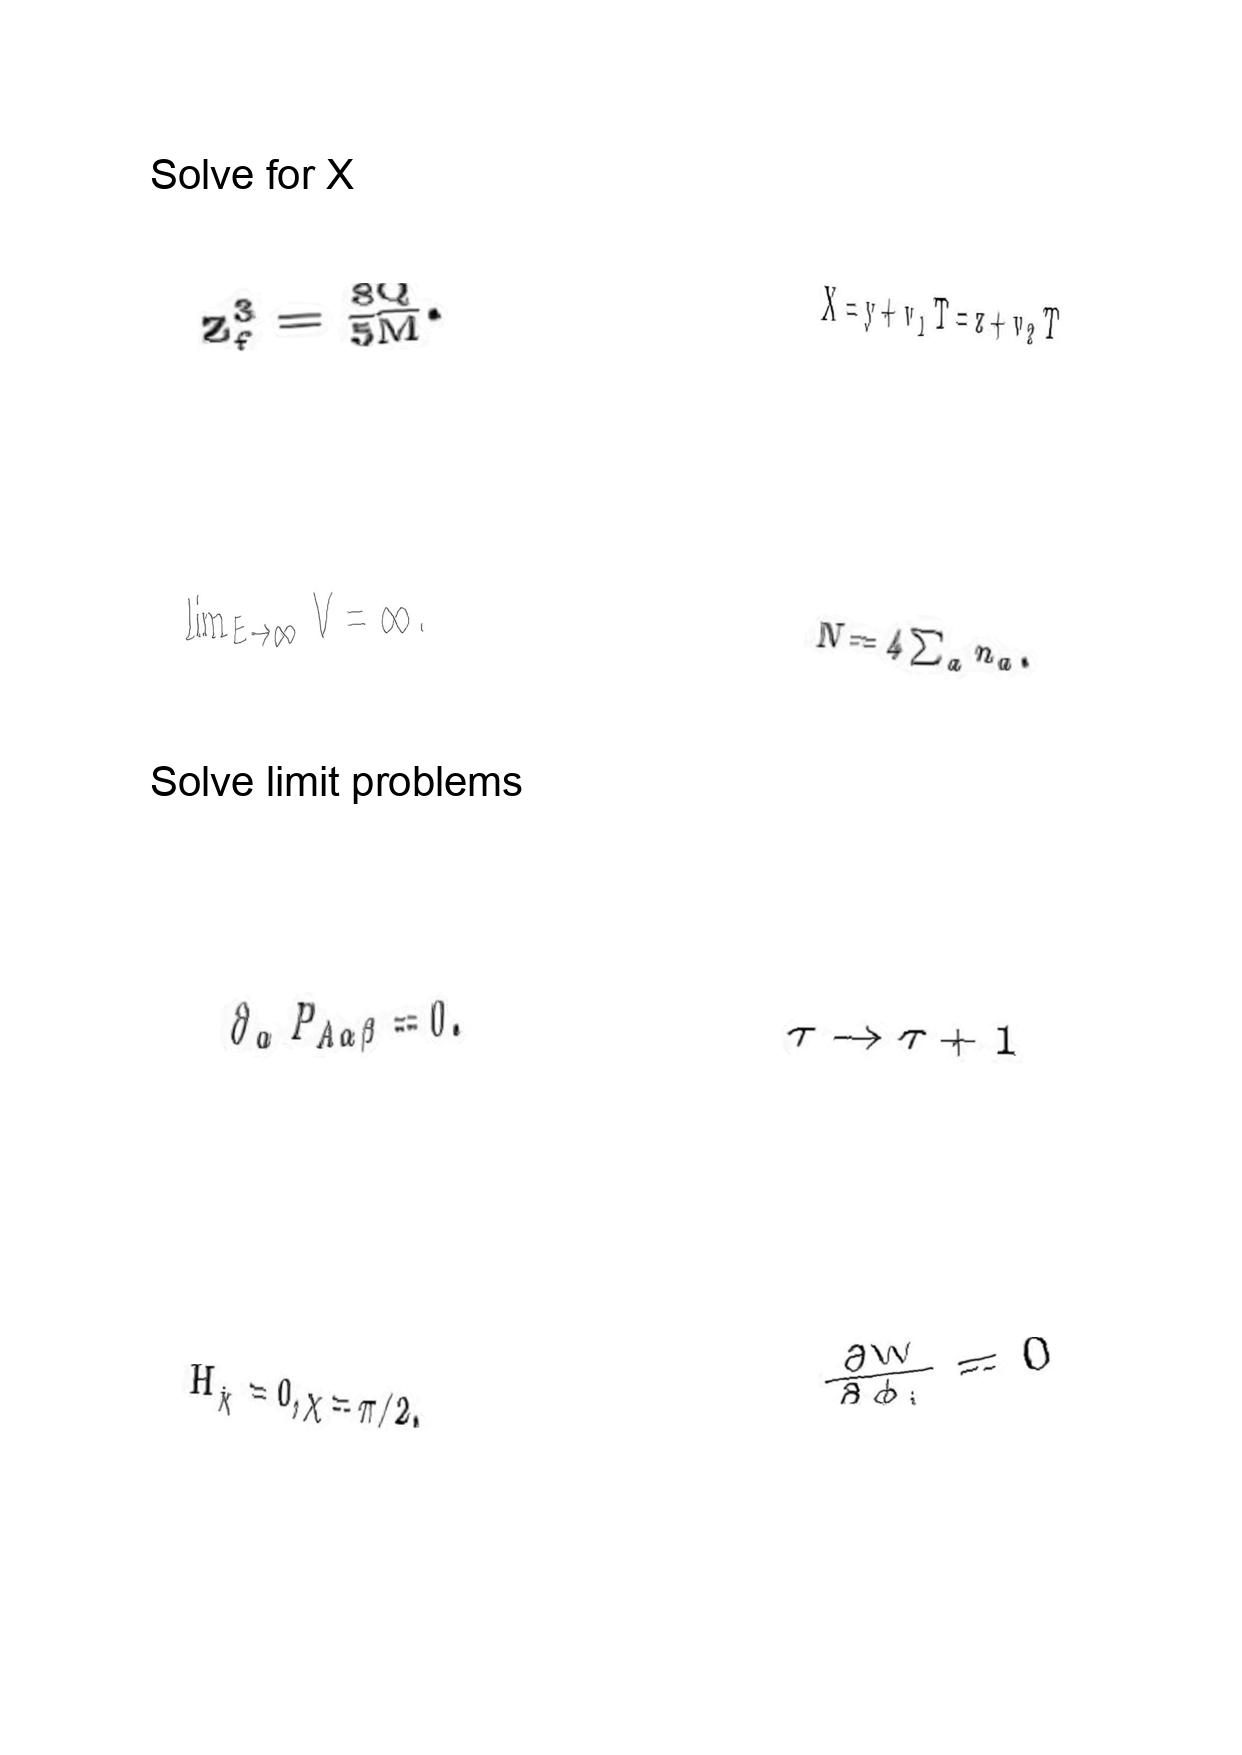
LaTeX transcription:
z _ { f } ^ { 3 } = \frac { 8 Q } { 5 M } .
\lim _ { E \to \infty } V = \infty .
\partial _ { \alpha } P _ { A \alpha \beta } = 0 .
H _ { \hat { \chi } } = 0 , \chi = \pi / 2 .
X = y + v _ { 1 } T = z + v _ { 2 } T
N = 4 \sum _ { a } n _ { a } .
\tau \rightarrow \tau + 1
\frac { \partial W } { \partial \phi _ { i } } = 0